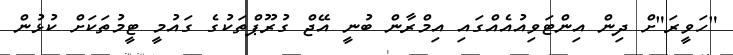
"ހަވީރަ"ށް ދިން އިންޓަވިއުއެއްގައި އިމްރާން ބުނީ އޭޖް ގުރޫޕްތަކުގެ ގައުމީ ޓީމުތަކަށް ކުޅުން